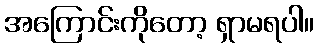
အကြောင်းကိုတော့ ရှာမရပါ။